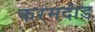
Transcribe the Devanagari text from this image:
करमदांड